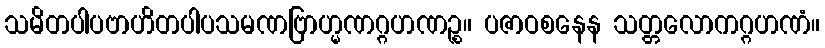
သမိတပါပဗာဟိတပါပသမဏဗြာဟ္မဏဂ္ဂဟဏဉ္စ။ ပဇာဝစနေန သတ္တလောကဂ္ဂဟဏံ။